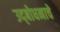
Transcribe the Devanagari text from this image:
उद्‌बोधनाचे